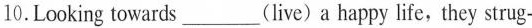
10.Looking towards___(live) a happy life, they strug-